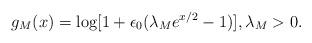
LaTeX: \begin{align*} g_{M}(x)=\log[1+\epsilon_{0}(\lambda_{M}e^{x/2}-1)], \lambda_{M}>0.\end{align*}